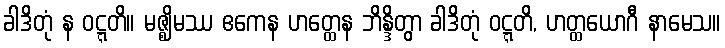
ခါဒိတုံ န ဝဋ္ဋတိ။ မဇ္ဈိမဿ ဧကေန ဟတ္ထေန ဘိန္ဒိတွာ ခါဒိတုံ ဝဋ္ဋတိ, ဟတ္ထယောဂီ နာမေသ။